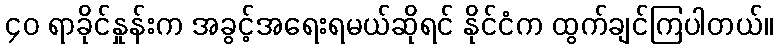
၄၀ ရာခိုင်နှုန်းက အခွင့်အရေးရမယ်ဆိုရင် နိုင်ငံက ထွက်ချင်ကြပါတယ်။